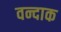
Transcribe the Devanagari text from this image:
वन्दाक